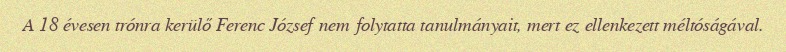
A 18 évesen trónra kerülő Ferenc József nem folytatta tanulmányait, mert ez ellenkezett méltóságával.